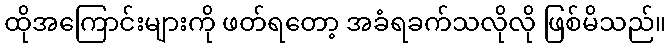
ထိုအကြောင်းများကို ဖတ်ရတော့ အခံရခက်သလိုလို ဖြစ်မိသည်။